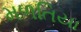
મળતિયા